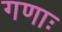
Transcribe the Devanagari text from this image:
गणाः